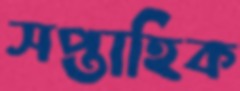
সপ্তাহিক